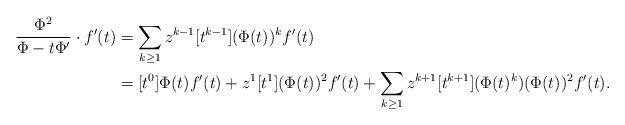
LaTeX: \begin{align*}\frac{\Phi^2}{\Phi-t\Phi'}\cdot f'(t)&=\sum_{k\ge1}z^{k-1}[t^{k-1}] (\Phi(t))^k f'(t)\\&=[t^{0}]\Phi(t)f'(t)+z^{1}[t^{1}] (\Phi(t))^2 f'(t)+\sum_{k\ge1}z^{k+1}[t^{k+1}] (\Phi(t)^k) (\Phi(t))^2 f'(t).\end{align*}